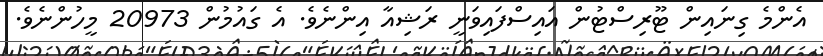
އެންމެ ގިނައިން ޓޫރިސްޓުން އައިސްފައިވަނީ ރަޝިއާ އިންނެވެ. އެ ގައުމުން 20973 މީހުންނެވެ.